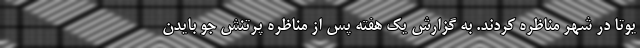
یوتا در شهر مناظره کردند. به گزارش یک هفته پس از مناظره پرتنش جو بایدن